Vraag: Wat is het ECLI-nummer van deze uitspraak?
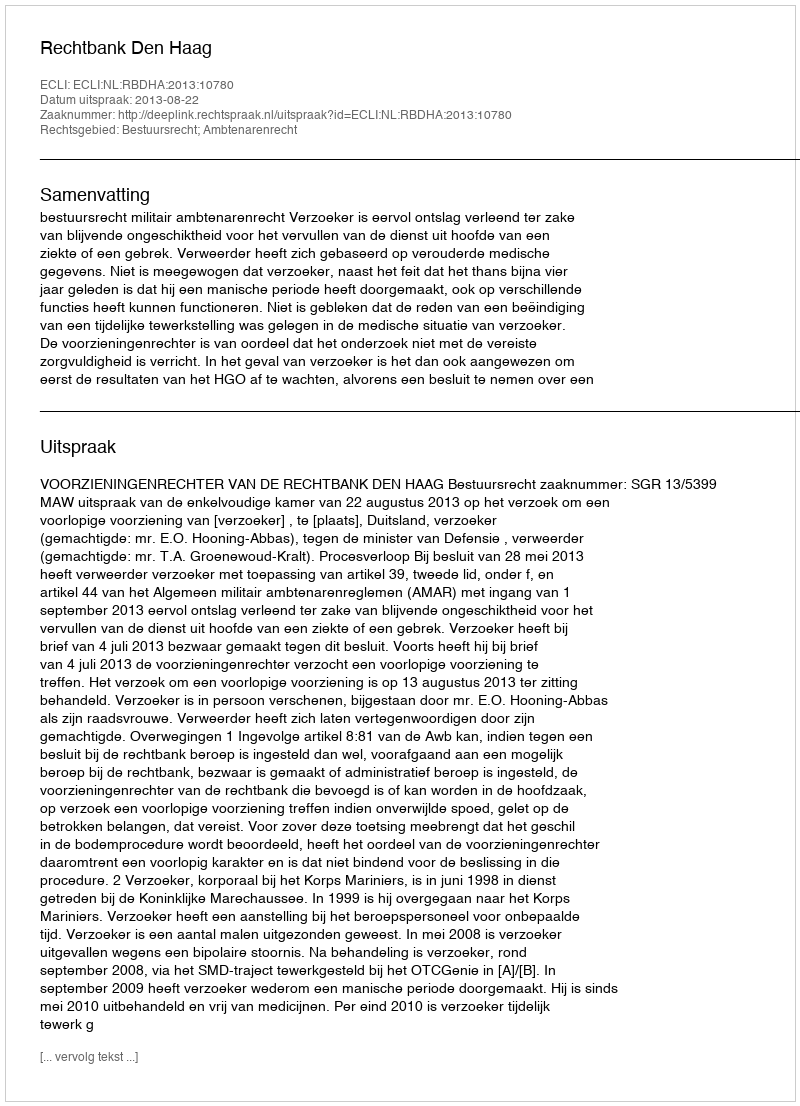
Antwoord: ECLI:NL:RBDHA:2013:10780